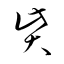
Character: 貲